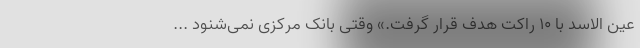
عین الاسد با ۱۰ راکت هدف قرار گرفت.» وقتی بانک مرکزی نمی‌شنود ...